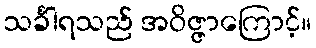
သင်္ခါရသည် အဝိဇ္ဇာကြောင့်။